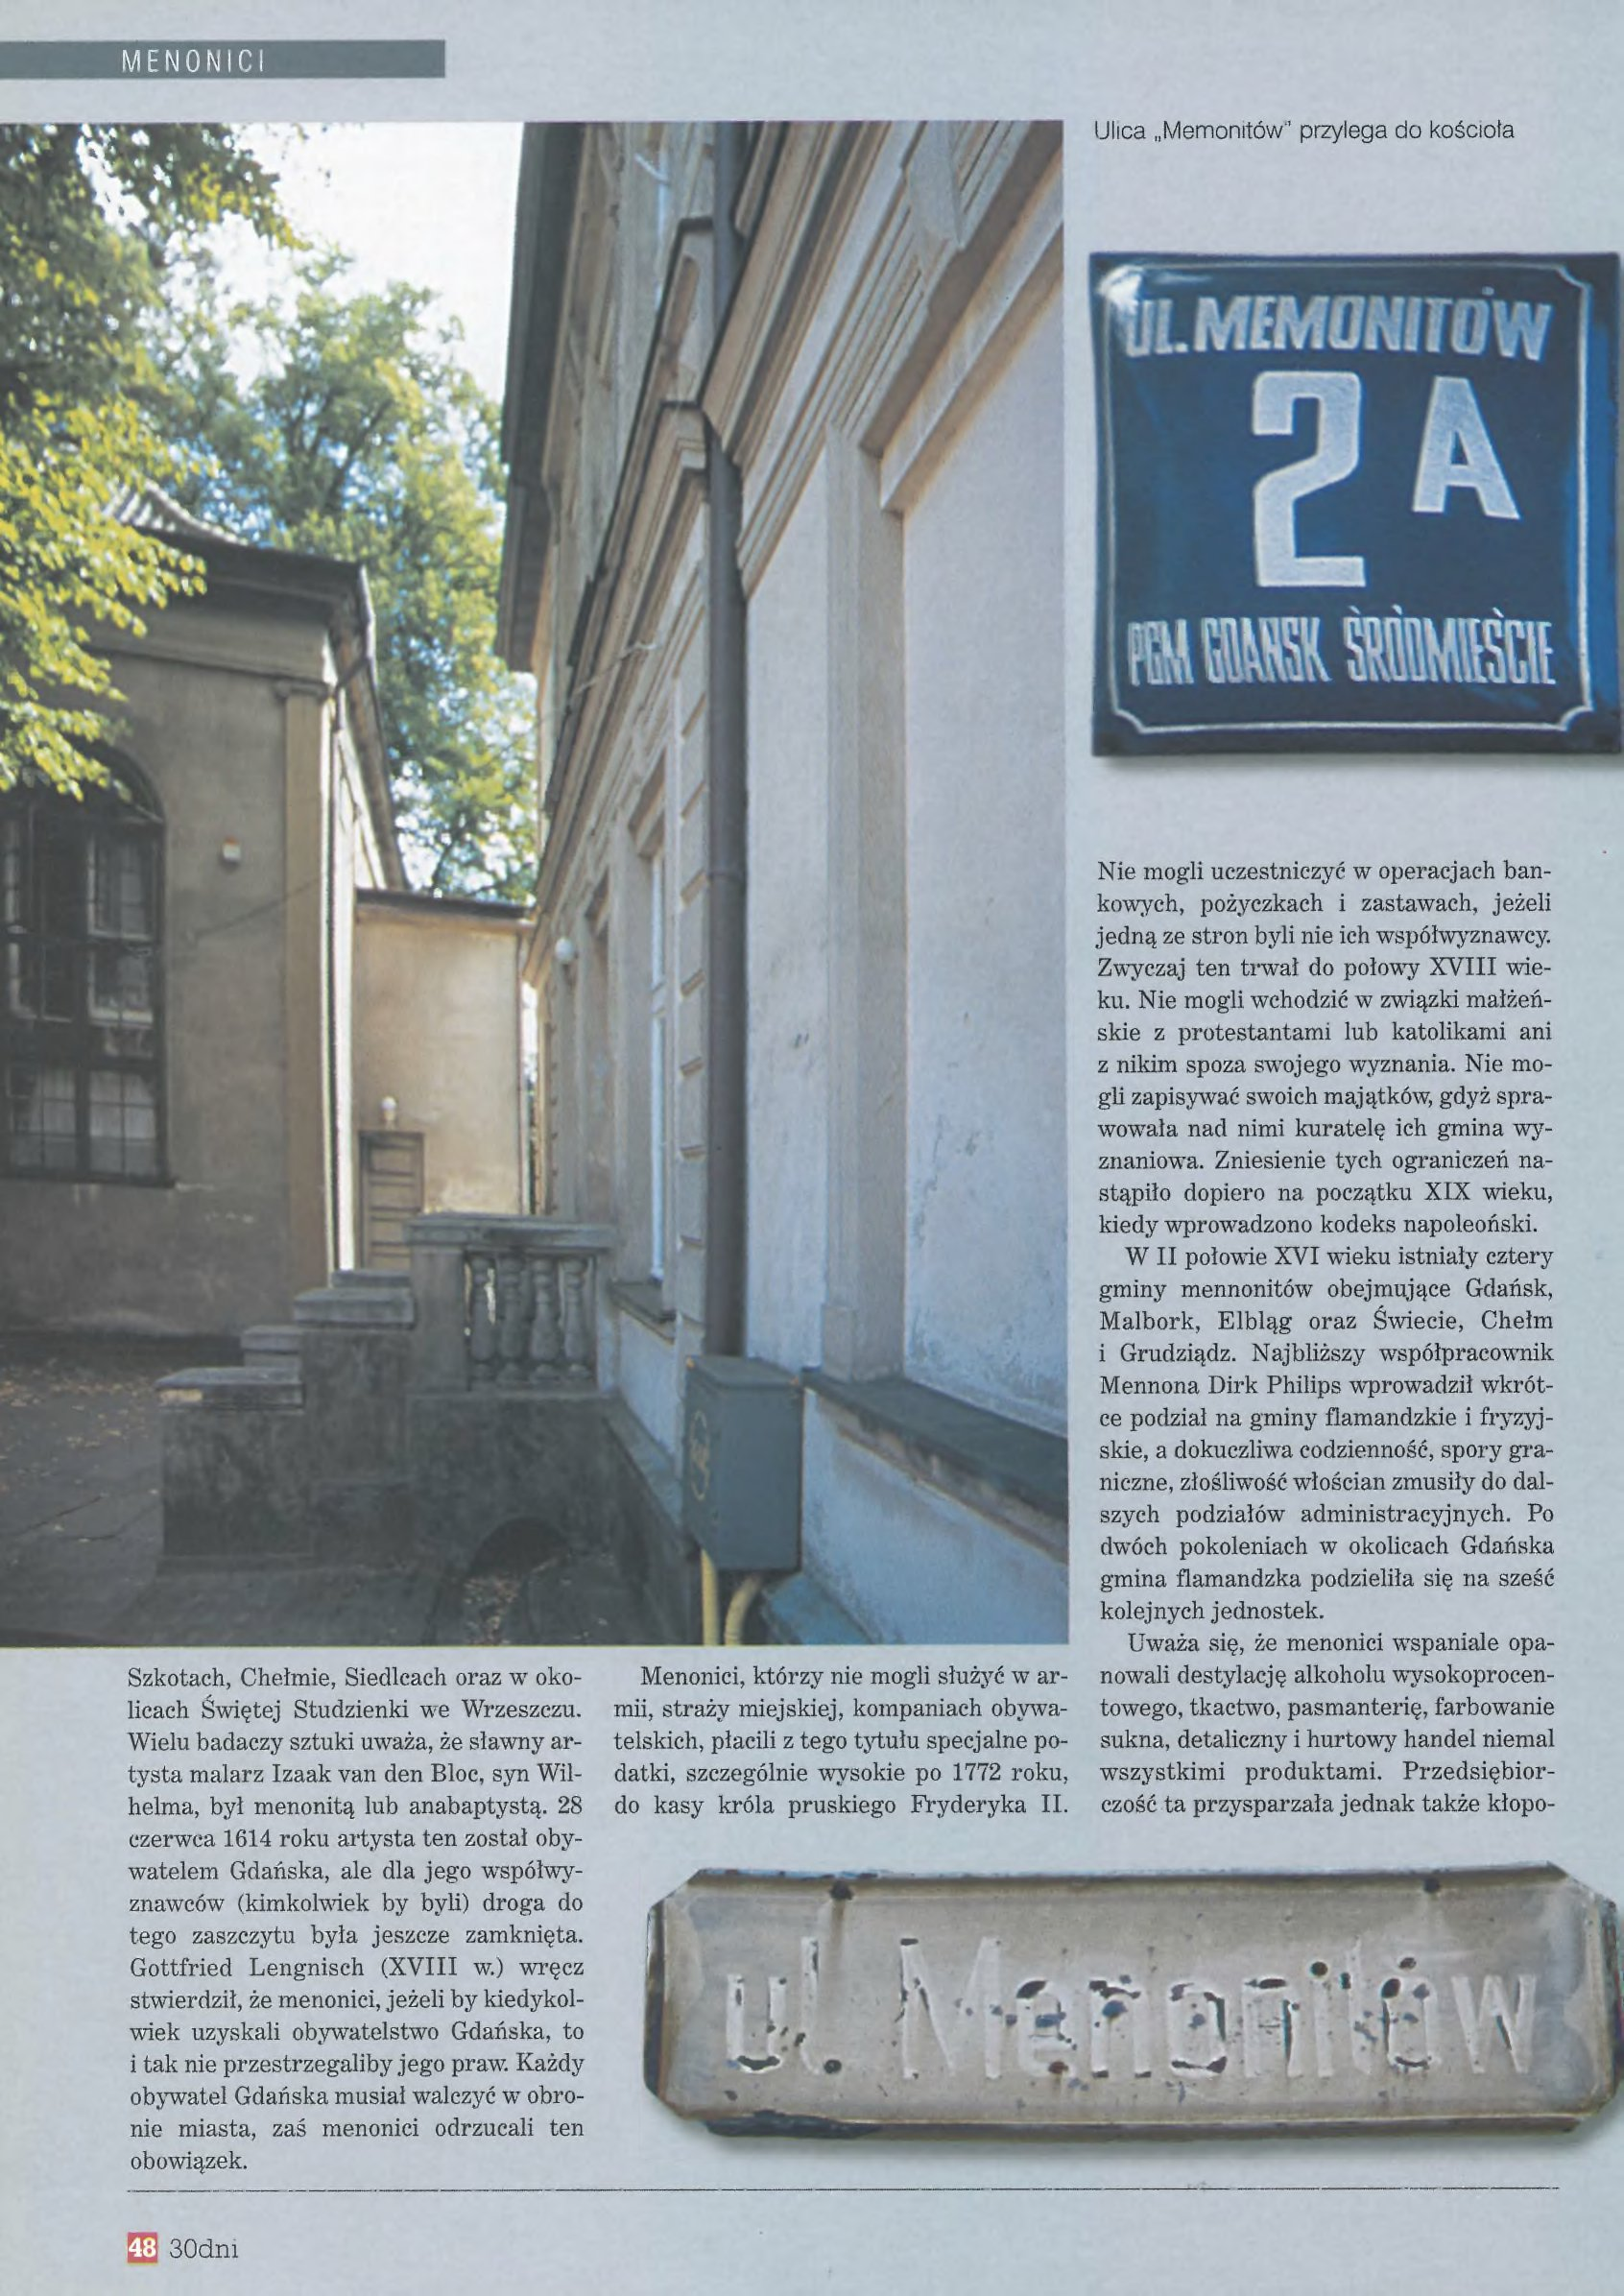
Language: pl